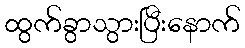
ထွက်ခွာသွားပြီးနောက်